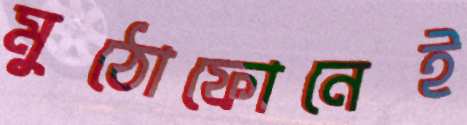
মুঠোফোনেই